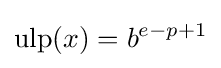
\operatorname {ulp} (x)=b^{e-p+1}